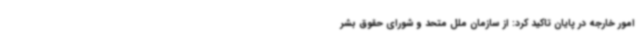
امور خارجه در پایان تاکید کرد: از سازمان ملل متحد و شورای حقوق بشر